Vaccination in Bombay 1913-1923 - 1913-1923
Year: 1913
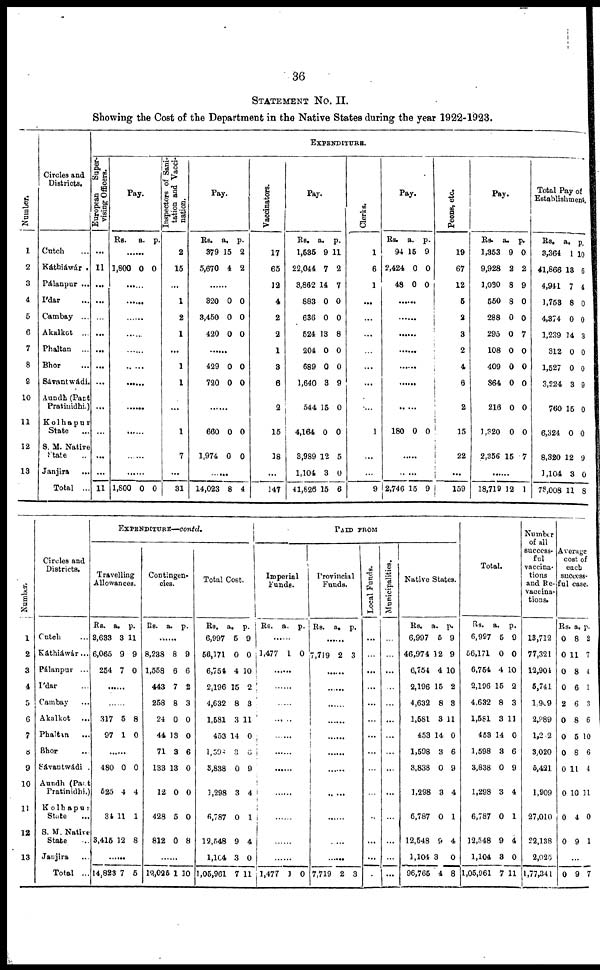
36
STATEMENT No. II.
Showing the Cost of the Department in the Native States during the year 1922-1923.
Number.
1
2
3
4
5
6
7
8
9
10
11
12
13
Circles and
Districts.
Cutch ...
Káthiáwár .
Pálanpur ...
I'dar ...
Cambay ...
Akalkot ...
Phaltan ...
Bhor ...
Sávantwádi.
Aundh(Pant
Pratinidhi.)
Kolhapur
State ...
S. M. Native
State ...
Janjira ...
Total ...
EXPENDITURE.
European
Super-
vising Officers.
...
11
...
...
...
...
...
...
...
...
...
...
...
11
Pay.
Rs.
a. p.
......
1,800 0 0
......
......
......
......
......
.
......
......
......
......
......
1,800 0 0
Inspectors of Sani-
tation and Vacci-
nation.
2
16
...
1
2
1
...
1
1
...
1
7
...
31
Pay.
Rs.
379
5,670
a.
15
4
p.
2
2
......
320
3,450
420
0
0
0
0
0
0
......
429
720
0
0
0
0
......
660
1,974
0
0
0
0
......
14,023 8 4
Vaccinators.
17
65
12
4
2
2
1
3
6
2
15
18
...
147
Pay.
Rs.
1,535
22,044
3,862
883
636
524
204
689
1,640
544
4,164
3,989
1,104
41,626
a.
9
7
14
0
0
13
0
0
3
15
0
12
3
15
p.
11
2
7
0
0
8
0
0
9
0
0
5
0
6
Clerks.
1
6
1
...
...
...
...
...
...
...
1
...
...
9
Pay.
Rs.
94
2,424
48
a.
15
0
0
p.
9
0
0
......
......
......
......
......
......
180 0 0
......
.
2,746 15 9
Peons, etc.
19
67
12
5
2
3
2
4
6
2
15
22
...
159
Pay.
Rs.
1,353
9,928
1,080
550
288
295
108
409
864
216
1,320
2,356
a.
9
2
8
8
0
0
0
0
0
0
0
15
p.
0
2
9
0
0
7
0
0
0
0
0
7
......
18,719 12 1
Total Pay of
Establishment.
Rs.
3,364
41,866
4,941
1,753
4,374
1,239
312
1,527
3,224
760
6,324
8,320
1,104
78,008
a.
1
18
7
8
0
14
0
0
3
15
0
12
3
11
p.
10
6
4
0
0
3
0
0
9
0
0
9
0
8
Number.
1
2
3
4
5
6
7
8
9
10
11
12
13
Circles and
Districts.
Cutch ...
Káthiáwár...
Pálanpur ...
I'dar ...
Cambay ...
Akalkot
...
Phaltan
...
Bhor ...
Sávantwádi .
Aundh (Pant
Pratinidhi.)
Kolhapur
State ...
S. M. Native
State ...
Janjira ...
Total ...
EXPENDITURE—contd.
Travelling
Allowances.
Rs.
3,633
6,065
254
a.
3
9
7
p.
11
9
0
......
......
317
97
5
1
8
0
......
480
525
34
3,415
0
4
11
12
0
4
1
8
14,823 7 5
Contingen-
cies.
Rs. a. p.
......
8,238
1,558
443
258
24
44
71
133
12
428
812
8
6
7
8
0
13
3
13
0
5
0
9
6
2
3
0
0
6
0
0
0
8
......
19,025 1 10
Total Cost.
Rs.
6,997
56,171
6,754
2,196
4,632
1,581
453
1,598
3,838
1,298
6,787
12,548
1,104
1,05,961
a.
5
0
4
15
8
3
14
3
0
3
0
9
3
7
p.
9
0
10
2
3
11
0
6
9
4
1
4
0
11
PAID FROM
Imperial
Funds.
Rs. a. p.
......
1,477 1 0
......
......
......
.
......
......
......
......
......
......
......
1,477 1 0
Provincial
Funds.
Rs. a. p.
......
7,719 2 3
......
......
......
......
......
......
......
......
......
......
7,719 2 3
Local Funds.
...
...
...
...
...
...
...
...
...
...
...
...
...
...
Municipalities.
...
...
...
...
...
...
...
...
...
...
...
...
...
...
Native States.
Rs.
6,997
46,974
6,754
2,196
4,632
1,581
453
1,598
3,838
1,298
6,787
12,548
1,104
96,765
a.
5
12
4
15
8
3
14
3
0
3
0
9
3
4
p.
9
9
10
2
3
11
0
6
9
4
1
4
0
8
Total.
Rs.
6,997
56,171
6,754
2,196
4,632
1,581
453
1,598
3,838
1,298
6,787
12,548
1,104
1,05,961
a.
5
0
4
15
8
3
14
3
0
3
0
9
3
7
p.
9
0
10
2
3
11
0
6
9
4
1
4
0
11
Number
of all
success-
ful
vaccina-
tions
and Re¬
vaccina-
tions.
13,712
77,321
12,904
5,741
1,909
2,989
1,202
3,020
5,421
1,909
27,010
22,138
2,025
1,77,341
Average
cost of
each
success-
ful case.
Rs.
0
0
0
0
2
0
0
0
0
0
0
0
a.
8
11
8
6
6
8
5
8
11
10
4
9
p.
2
7
4
1
3
6
10
6
4
11
0
1
...
0 9 7